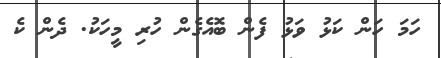
ހަމަ ހަން ކަޅު ވަޅު ފެން ބޮއެގެން ހުރި މީހަކު. ދެން ކެ